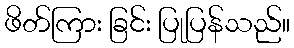
ဖိတ်ကြား ခြင်း ပြုပြန်သည်။